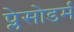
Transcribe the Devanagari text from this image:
प्लेसोडर्म